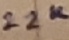
Text: 22K